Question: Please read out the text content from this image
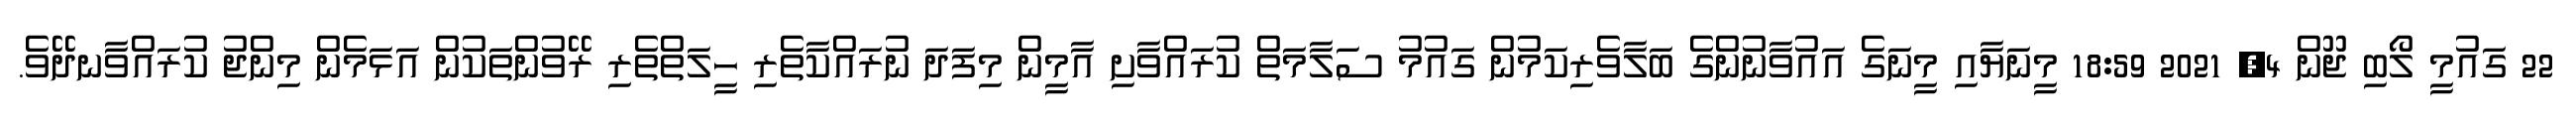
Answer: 22 ގައުމީ ލޯބި ޖޫން 4, 2021 18:59 މީނަޔާއި މީނަގެ އައުވާނުންގެ ބަލާވެރިކަމުން ގައުމު ސަލާމަތް ކުރައްވާށި އާމީން މިފަދަ ނުރައްކާތެރި ހީލަތްތެރި ރޭވުންތަކުން އަޅަމެން މިންޖު ކުރައްވާނދޭވެ.